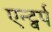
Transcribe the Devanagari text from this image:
एन्ट्वर्प